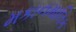
મકાનમાલિક